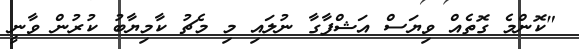
"ކޮންމެ ގޮތެއް ވިޔަސް އަޝްފާގާ ނުލައި މި މެޗު ކާމިޔާބު ކުރުން ވާނީ